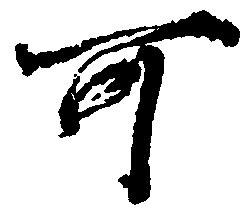
可